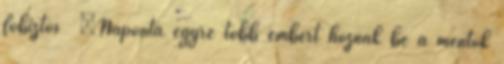
főbiztos „Naponta egyre több embert hoznak be a mentők